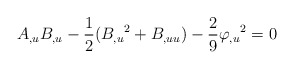
\begin{align*}A_{,u} B_{,u}-\frac{1}{2}(B_{,u}{}^2+B_{,uu})-\frac{2}{9}\varphi_{,u}{}^{2}=0 \end{align*}